Report on sanitation, dispensaries, and jails in Rajputana for 1918, and on vaccination for the year 1918-1919 - 1918-1919
Year: 1918
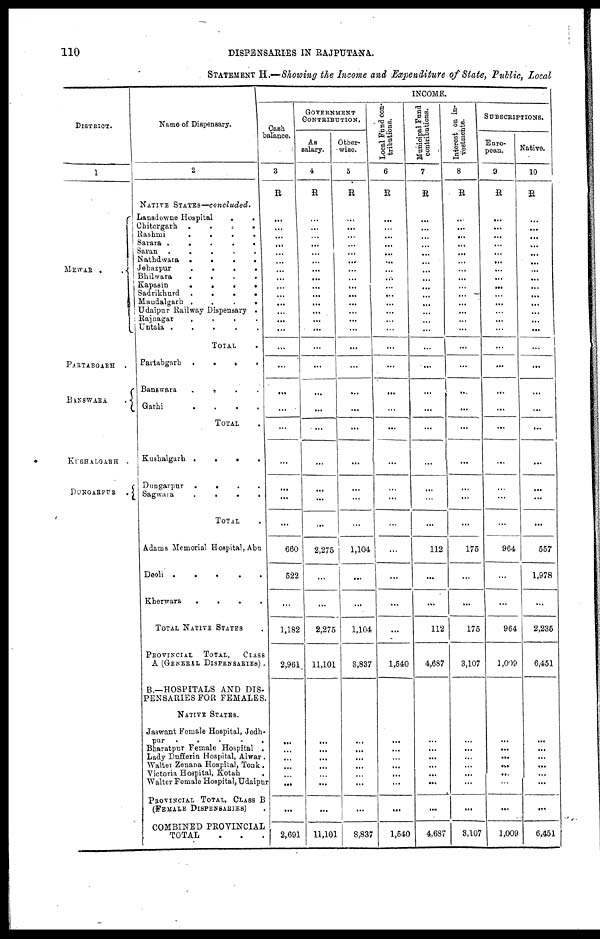
110
DISPENSARIES IN RAJPUTANA.
STATEMENT H.—Showing the Income and Expenditure of State, Public, Local
DISTRICT.
1
MEWAR .
.
PARTABGARH .
BANSWARA
.
KUSHALGARH .
DUNGARPUR .
Name of Dispensary.
2
NATIVE STATES—concluded.
Lansdowne Hospital
.
.
Chitorgarh
.
.
.
.
Rashmi
.
.
.
.
Sarara .
.
.
.
.
Saran
.
.
.
.
.
Nathdwara .
.
.
.
Jehazpur
.
.
.
.
Bhilwara . . . .
Kapasin
.
.
.
.
Sadrikhurd
.
.
.
.
Mandalgarh .
.
.
.
Udaipur Railway Dispensary .
Rajnagar
.
.
.
.
Untala . . . . .
TOTAL .
Partabgarh
.
.
.
.
Banswara
. . . .
Garhi
.
.
.
.
TOTAL .
Kushalgarh .
.
.
.
Dungarpur
.
. . .
Sagwara
.
.
.
TOTAL .
Adams Memorial Hospital, Abu
Deoli .
.
.
.
.
Kherwara
.
.
.
.
TOTAL NATIVE STATES .
PROVINCIAL TOTAL,
CLASS
A (GENERAL DISPENSARIES) .
B.—HOSPITALS AND DIS-
PENSARIES FOR FEMALES.
NATIVE STATES.
Jaswant Female Hospital, Jodh¬
pur
.
.
.
.
.
Bharatpur Female Hospital .
Lady Dufferin Hospital, Alwar .
Walter Zenana Hospital, Tonk .
Victoria Hospital, Kotah
.
Walter Female Hospital, Udaipur
PROVINCIAL TOTAL, CLASS B
(FEMALE DISPENSARIES) .
COMBINED PROVINCIAL
TOTAL . . .
INCOME.
Cash
balance.
3
R
...
...
...
...
...
...
...
...
...
...
...
...
...
...
...
...
...
...
...
...
...
...
...
660
522
...
1,182
2,961
...
...
...
...
...
...
...
2,691
GOVERNMENT
CONTRIBUTION.
As
salary.
4
R
...
...
...
...
...
...
...
...
...
...
...
...
...
...
...
...
...
...
...
...
...
...
...
2,275
...
...
2,275
11,101
...
...
...
...
...
...
...
11,101
Other-
wise.
5
R
...
...
...
...
...
...
...
...
...
...
...
...
...
...
...
...
...
...
...
...
...
...
...
1,104
...
...
1,104
8,837
...
...
...
...
...
...
...
8,837
Local Fund con-
tributions.
6
R
...
...
...
...
...
...
...
...
...
...
...
...
...
...
...
...
...
...
...
...
...
...
...
...
...
...
...
1,540
...
...
...
...
...
...
...
1,540
Municipal Fund
contributions.
7
R
...
...
...
...
...
...
...
...
...
...
...
...
...
...
...
...
...
...
...
...
...
...
...
112
...
...
112
4,687
...
...
...
...
...
...
...
4,687
Interest on in-
vestments.
8
R
...
...
...
...
...
...
...
...
...
...
...
...
...
...
...
...
...
...
...
...
...
...
...
175
...
...
175
3,107
...
...
...
...
...
...
...
3,107
SUBSCRIPTIONS.
Euro-
pean.
9
R
...
...
...
...
...
...
...
...
...
...
...
...
...
...
...
...
...
...
...
...
...
...
...
964
...
...
964
1,009
...
...
...
...
...
...
...
1,009
Native.
10
R
...
...
...
...
...
...
...
...
...
...
...
...
...
...
...
...
...
...
...
...
...
...
...
557
1,978
...
2,235
6,451
...
...
... ...
...
...
...
6,451